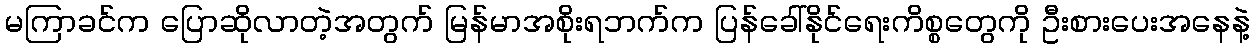
မကြာခင်က ပြောဆိုလာတဲ့အတွက် မြန်မာအစိုးရဘက်က ပြန်ခေါ်နိုင်ရေးကိစ္စတွေကို ဦးစားပေးအနေနဲ့